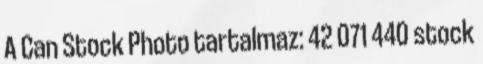
A Can Stock Photo tartalmaz: 42 071 440 stock